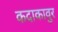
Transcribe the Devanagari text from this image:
कदाकावुर